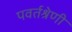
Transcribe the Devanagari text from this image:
पवर्तश्रेणी